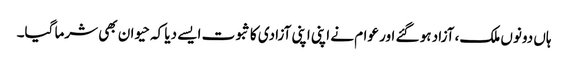
ہاں دونوں ملک، آزاد ہو گئے اور عوام نے اپنی اپنی آزادی کا ثبوت ایسے دیا کہ حیوان بھی شرما گیا۔